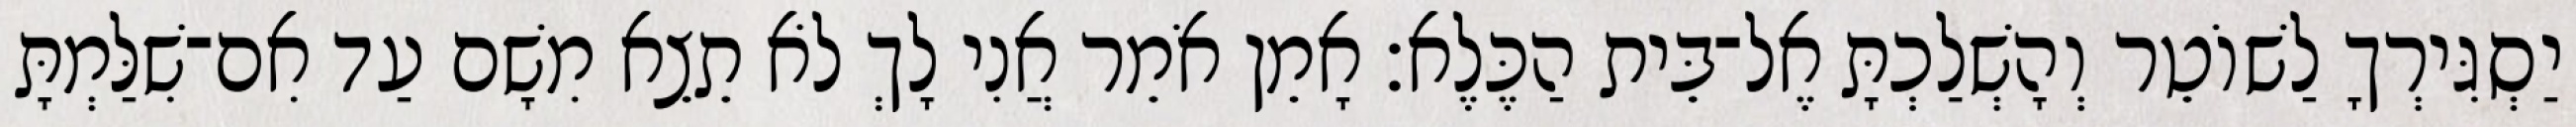
יַסְגִּירְךָ לַשׁוֹטֵר וְהָשְׁלַכְתָּ אֶל־בֵּית הַכֶּלֶא׃ אָמֵן אֹמֵר אֲנִי לָךְ לֹא תֵצֵא מִשָׁם עַד אִם־שִׁלַּמְתָּ